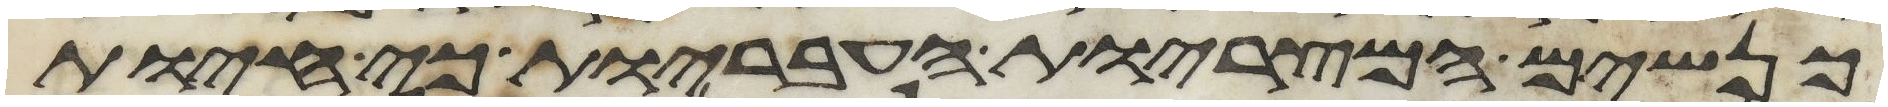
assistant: כנשים המצריות העבריות כי חיות